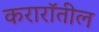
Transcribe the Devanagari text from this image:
करारॉतील